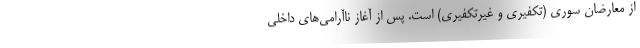
از معارضان سوری (تکفیری و غیرتکفیری) است. پس از آغاز ناآرامی­های داخلی